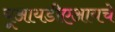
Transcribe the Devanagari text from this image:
यूआयडीएआयचे